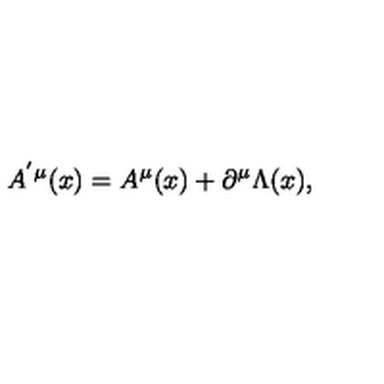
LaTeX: A ^ { ^ { \prime } \mu } ( x ) = A ^ { \mu } ( x ) + \partial ^ { \mu } \Lambda ( x ) ,